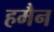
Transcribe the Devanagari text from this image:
हमैन